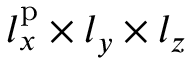
l _ { x } ^ { \mathrm { p } } \times l _ { y } \times l _ { z }